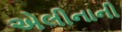
એલીનાની